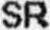
SR